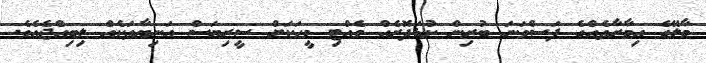
މާލޭގެ އިމާރާތެއްގެ ފަސްވަނަ ބުރިން ކުޑަދޮރެއް ވެއްޓި މީހަކަށް ސީރިޔަސް އަނިޔާތަކެއް ލިބިއްޖެއެވެ.